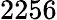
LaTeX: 2256